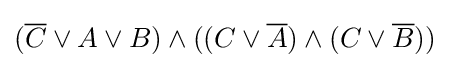
({\overline {C}}\vee A\vee B)\wedge ((C\vee {\overline {A}})\wedge (C\vee {\overline {B}}))